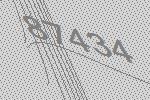
87434